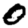
Digit: 0